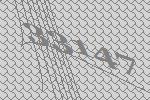
33147